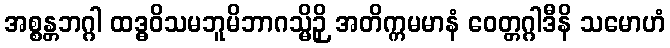
အစ္စန္တဘဂ္ဂါ ထဒ္ဓဝိသမဘူမိဘာဂသ္မိဉှိ အတိက္ကမမာနံ ဝေတ္တဂ္ဂါဒီနိ သမောဟံ